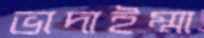
ভাদাইম্মা